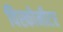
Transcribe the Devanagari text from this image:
विस्कोमीटर